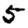
Digit: 5